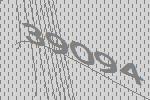
39094